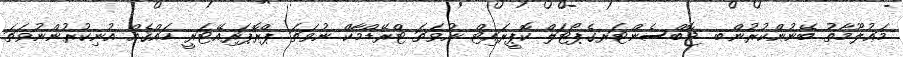
މަޢުލޫމާތު ބޭނުންކުރުން.ބ. ޖޮބްސެންޓަރގެޕޯޓަލް ކޮޕީރައިޓް ނުވަތަ ޓްރޭޑްމާކް ނުވަތަ ޕްރޮޕަރިއޭޓަރީ ހައްޤެއް އުނިކުރުންނުވަތަ